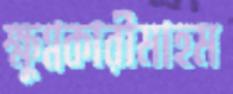
ক্ষুণ্নকারীমাহম